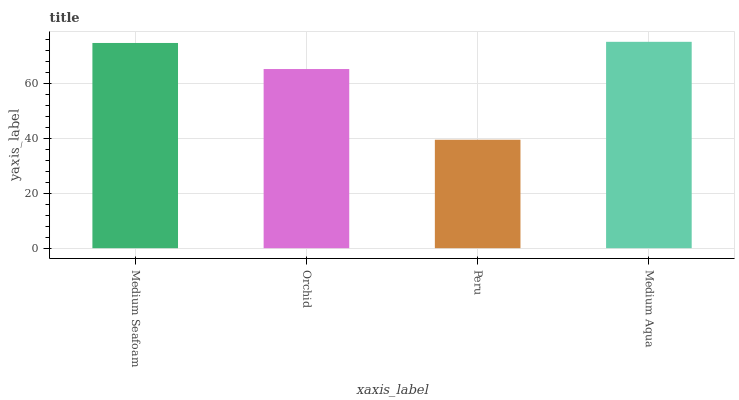
| xaxis_label | bars |
 | --- | --- |
 | Medium Seafoam | 74.8 |
 | Orchid | 65.3 |
 | Peru | 39.5 |
 | Medium Aqua | 75.2 |